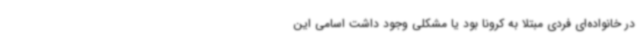
در خانواده‌ای فردی مبتلا به کرونا بود یا مشکلی وجود داشت اسامی این